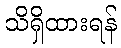
သိရှိထားရန်